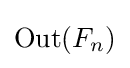
{\textstyle \mathrm {Out} (F_{n})}